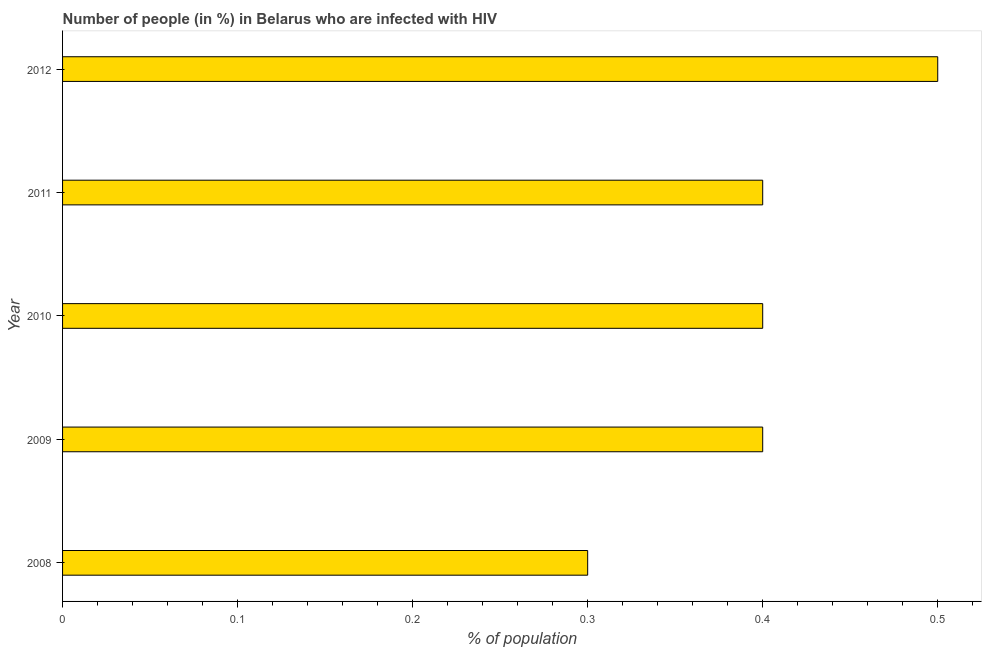
| Year | Infected with HIV |
 | --- | --- |
 | 2008 | 0.3 |
 | 2009 | 0.4 |
 | 2010 | 0.4 |
 | 2011 | 0.4 |
 | 2012 | 0.5 |